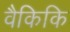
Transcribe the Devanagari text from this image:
वैकिकि